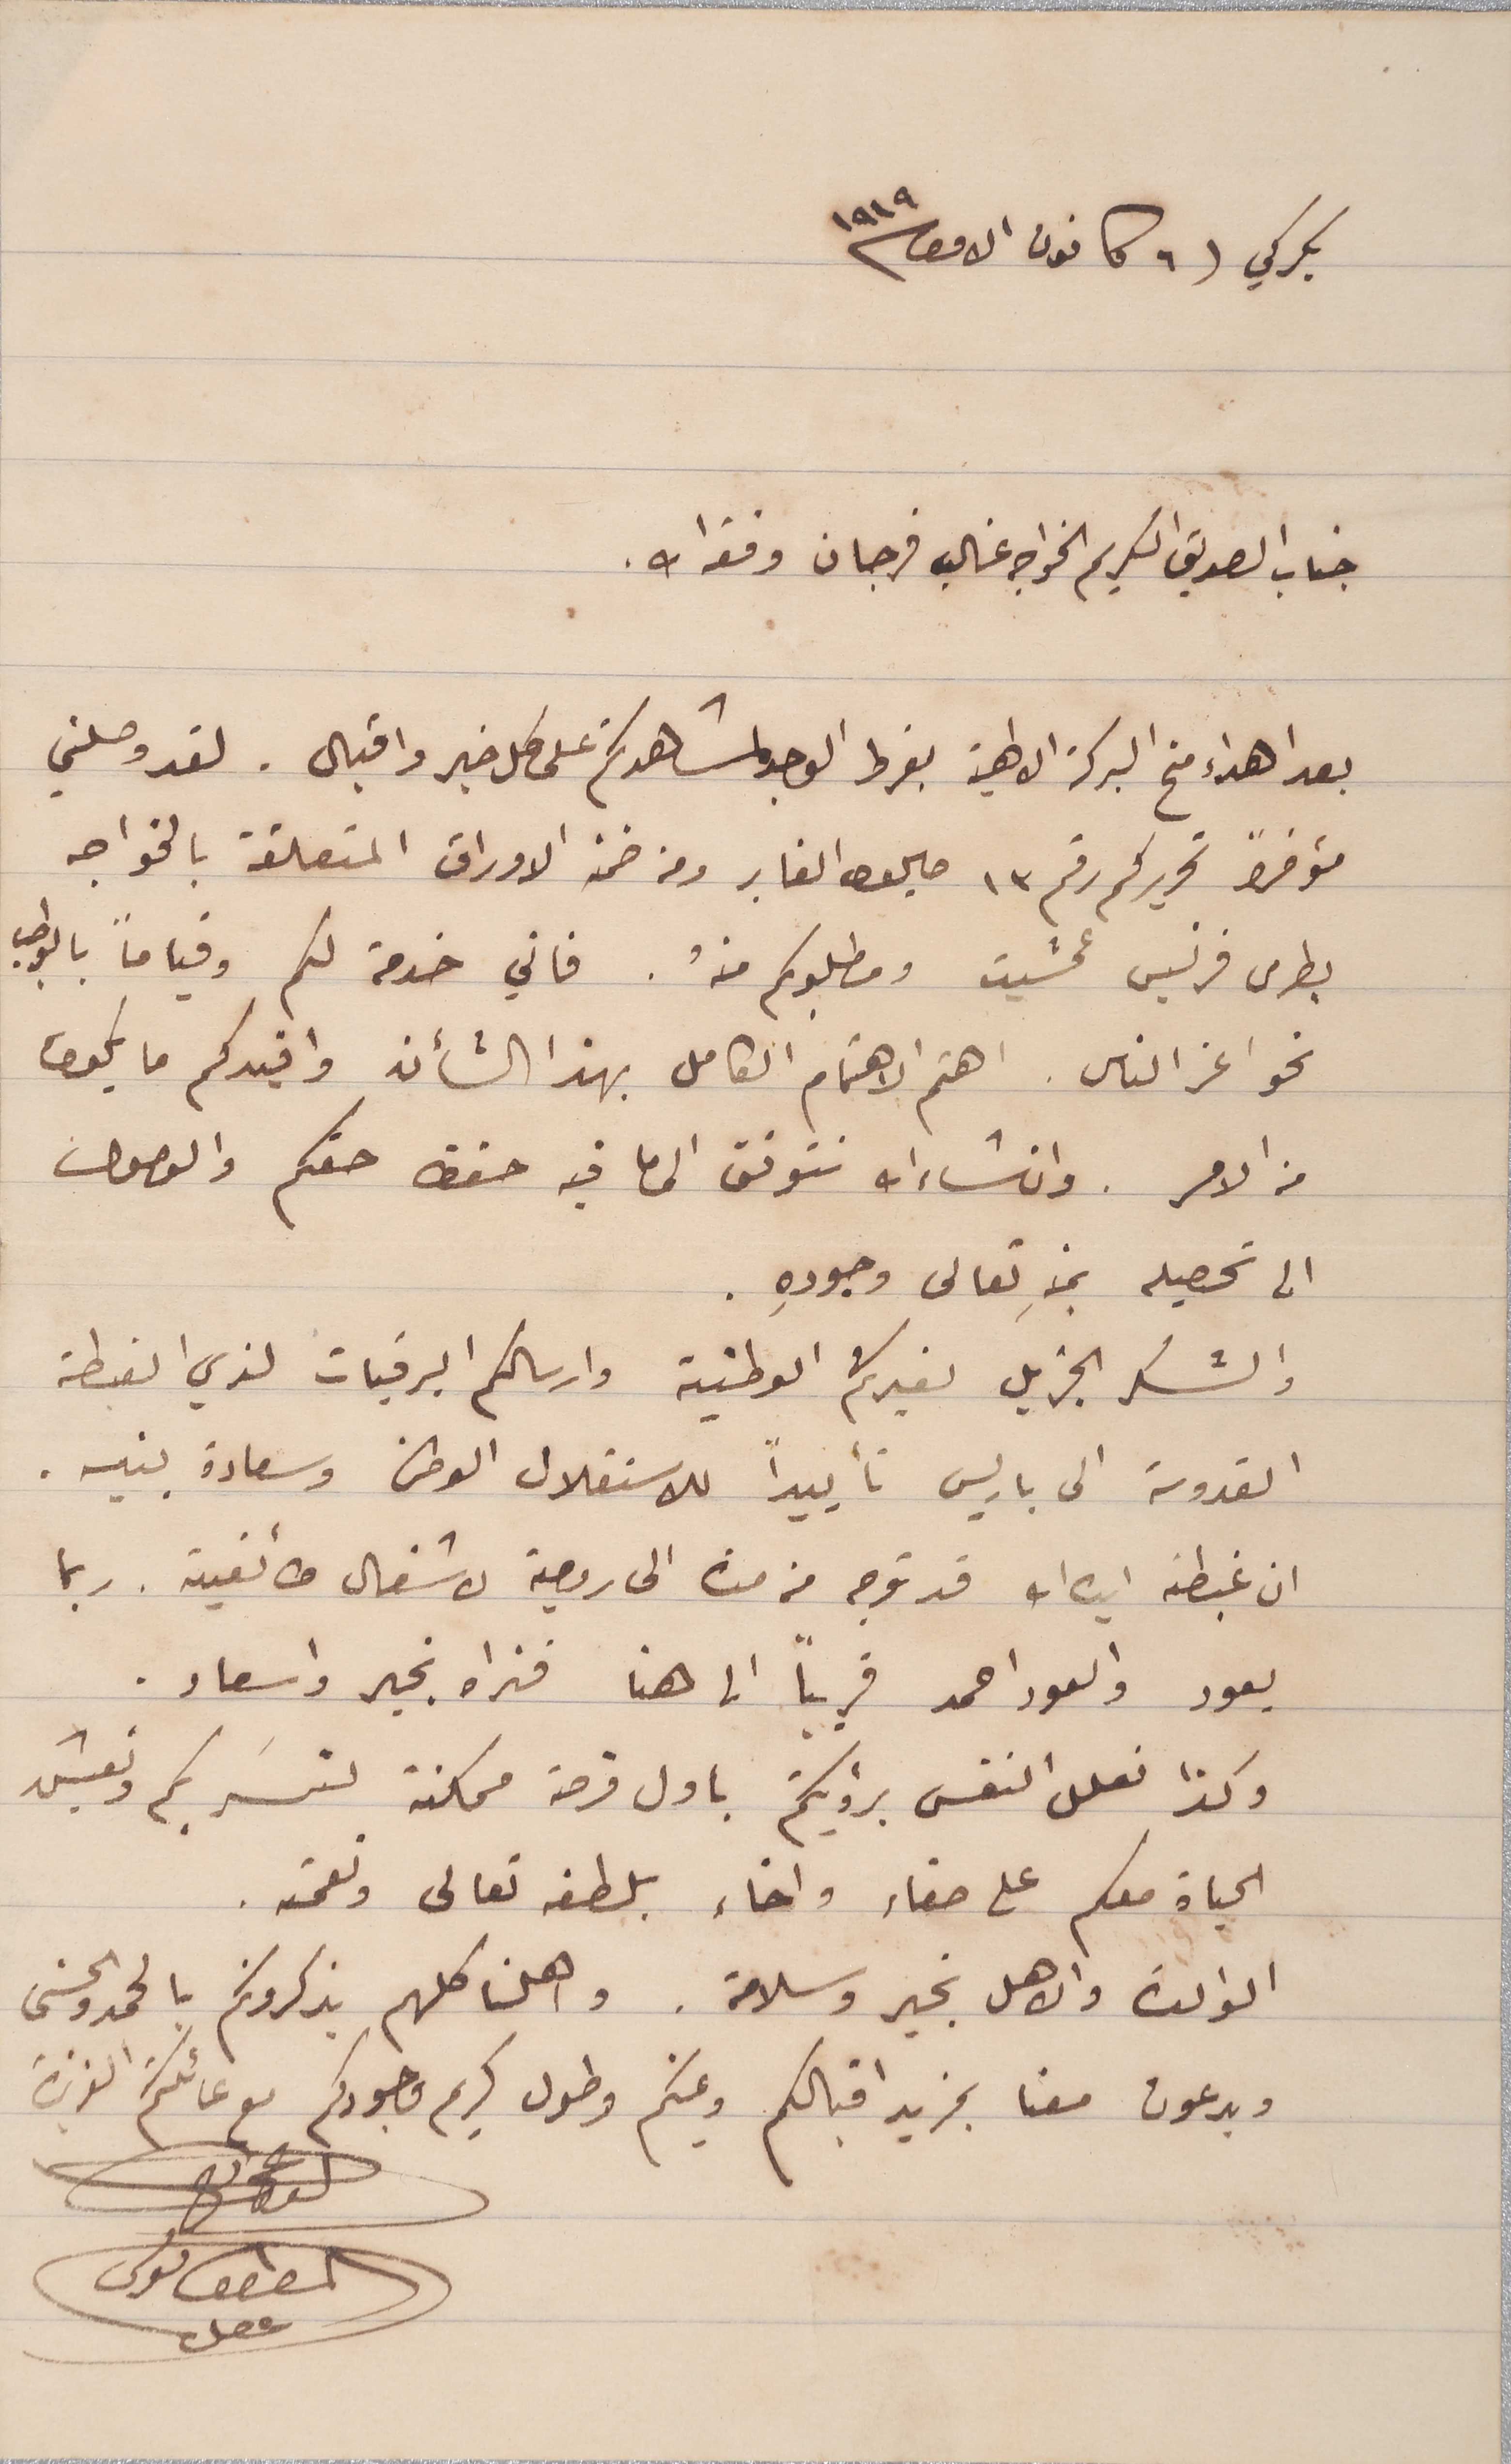
بكركي ٦ كانون الاول سنة ١٩١٩
جناب الصديق الكريم الخواجه غالب فرجان وفقه ا ت.
بعد اهداء منح البركة الالهية بفرط الوجد لمشاهدتكم على كل خير واقبال. لقد وصلني
مؤخراً تحريركم رقم ١٣ صاليوا الغابر ومن ضمن الاوراق المتعلقة بالخواجه
بطرس فرنسيس عمشيت ومطلوبكم منهُ. فاني خدمة لكم وقياماً بالواجب
نحو اعز الناس. اهتم الاهتمام الكامل بهذا الشأن وافيدكم ما يكون
من الامر. وانشاءالله نتوفق الى ما فيه حفظ حقكم والوصول
الى تحصيله بمنهِ تعالى وجودِه.
والشكر الجزيل لغيرتكم الوطنية وارسالكم البرقبات لذي الغبطة
القدوسة الى باريس تأييداً للاستقلال الوطنى وسعادة بنيه.
ان غبطته ايده ا ت قد توجه من مدة الى رومية لاشغال طائفية. ربما
يعود والعود احمد قريباً الى هنا فنراه بخير واسعاد.
وكذا نعلل النفس برؤيتكم باول فرصة ممكنة لنسَر بكم ونعيش
الحياة معكم على صفاء واخاء بلطفه تعالى ونعمته.
الوالدة والاهل بخير وسلامة. واهلنا كلهم يذكرونكم بالحمد والحسنى
ويدعون معنا بمزيد اقبالكم ويمنكم وطول كريم وجودكم مع عائلتكم العزيزة
الداعى
المطران بولس عقل